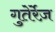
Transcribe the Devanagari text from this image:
गुतेर्रेज़